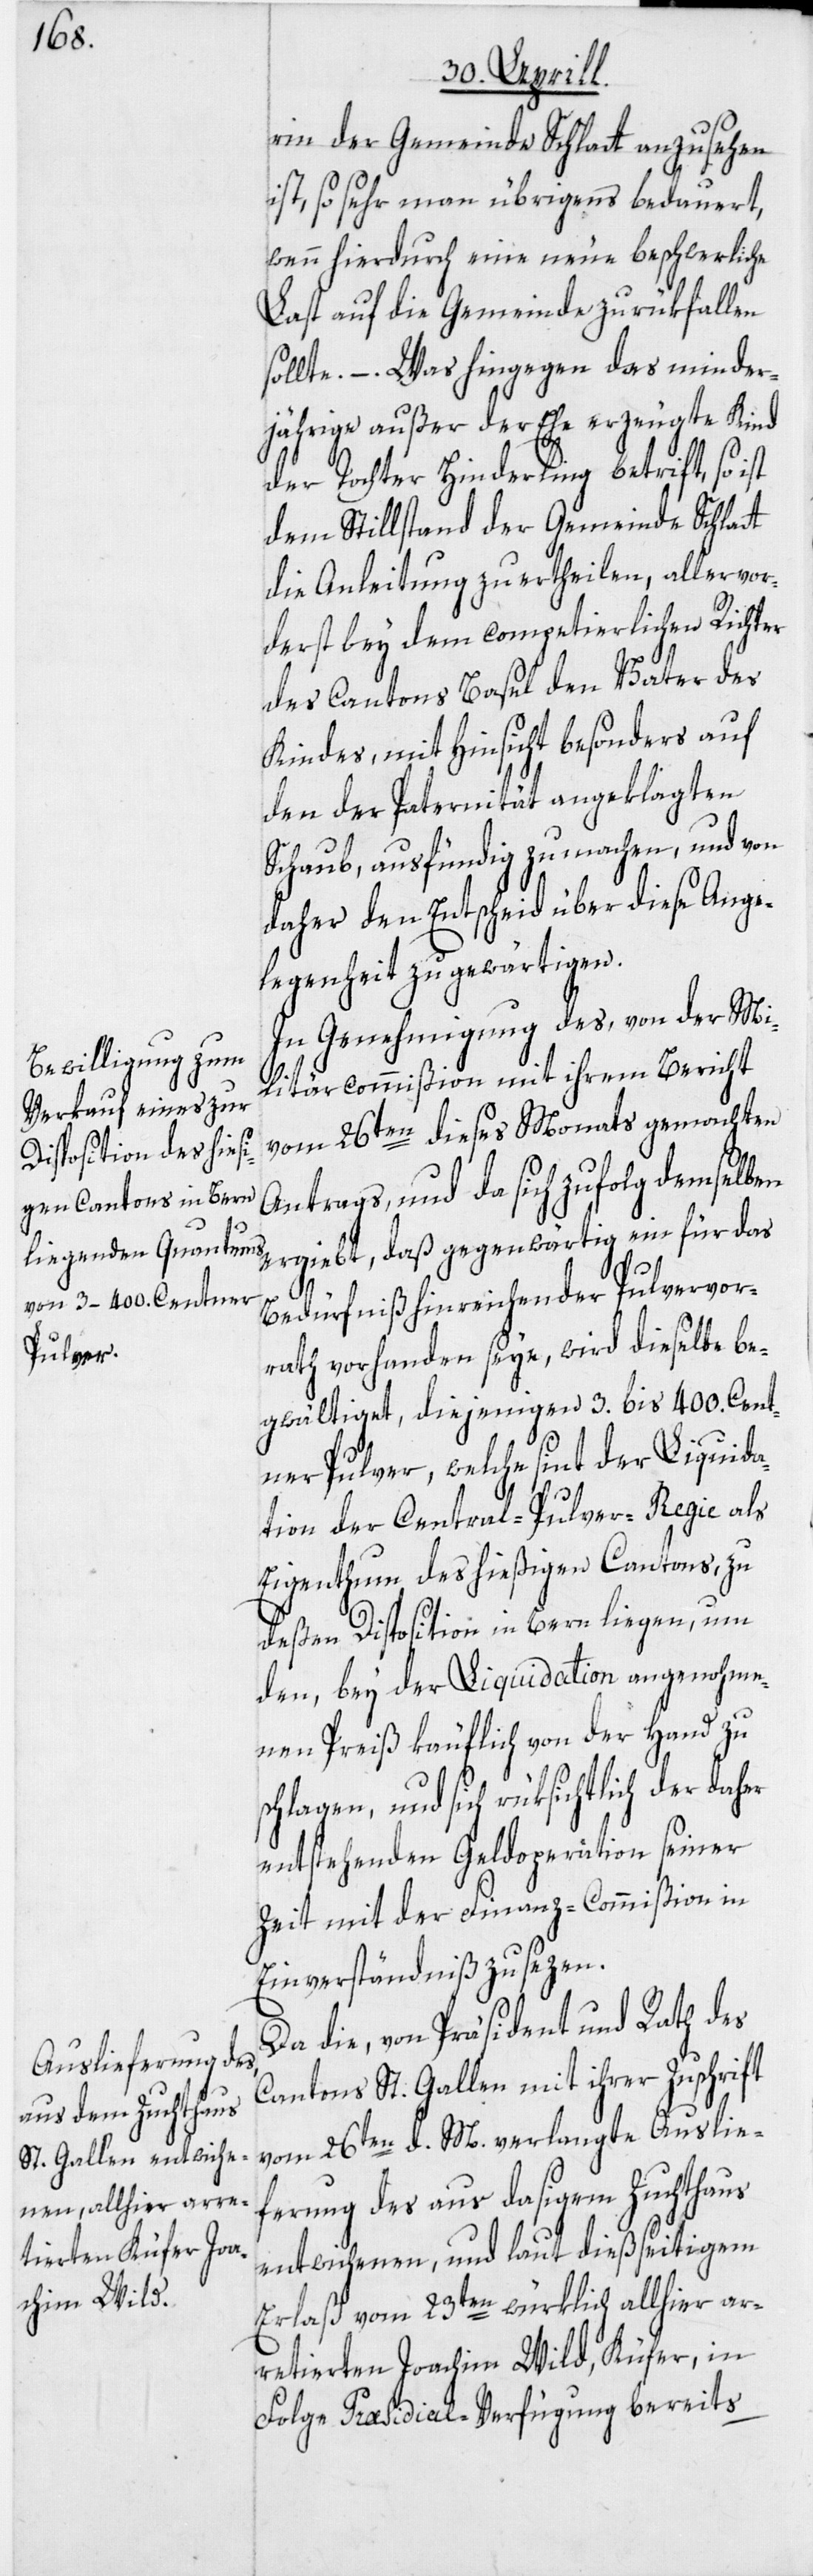
rin der Gemeinde Schlatt anzusehen
ist, so sehr man übrigens bedauert,
wenn hierdurch eine neue beschwerliche
Last auf die Gemeinde zurükfallen
sollte. – Was hingegen das minder¬
jährige außer der Ehe erzeugte Kind
der Tochter Hinderling betrift, so ist
dem Stillstand der Gemeinde Schlatt
die Anleitung zu ertheilen, allervor¬
derst bey dem competierlichen Richter
des Cantons Basel den Vater des
Kindes, mit Hinsicht besonders auf
den der Paternität angeklagten
Schaub, ausfündig zu machen, und von
daher den Entscheid über diese Ange¬
legenheit zu gewärtigen.
In Genehmigung des, von der Mi¬
litärcommißion mit ihrem Bericht
vom 26ten dieses Monats gemachten
Antrags, und da sich zufolg demselben
ergiebt, daß gegenwärtig ein für das
Bedürfniß hinreichender Pulvervor¬
rath vorhanden seye, wird dieselbe be¬
gwältiget, diejenigen 3. bis 400. Cent¬
ner Pulver, welche sint der Liquida¬
tion der Central-Pulver-Regie als
Eigenthum des hießigen Cantons, zu
deßen Disposition in Bern liegen, um
den, bey der Liquidation angenohme¬
nen Preiß käuflich von der Hand zu
schlagen, und sich rüksichtlich der
entstehenden Geldoperation seiner
Zeit mit der Finanz-Commißion in
Einverständniß zu sezen.
Da die, von Präsident und Rath des
Cantons St. Gallen mit ihrer Zuschrift
vom 26ten d. M. verlangte Auslie¬
ferung des aus dasigem Zuchthaus
entwichenen, und laut dießseitigem
Erlaß vom 23ten würklich allhier ar¬
retierten Joachim Wild, Küfer, in
Folge Præsidial-Verfügung bereits